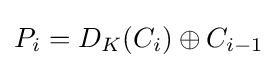
P_{i}=D_{K}(C_{i})\oplus C_{i-1}